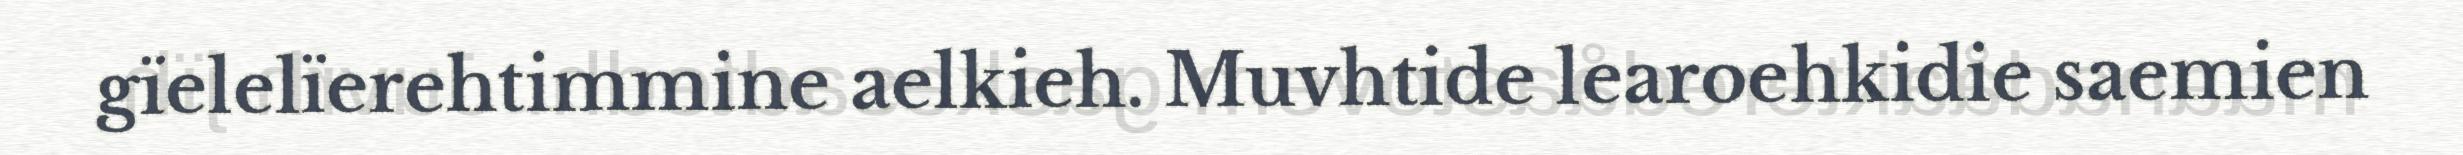
gïelelïerehtimmine aelkieh. Muvhtide learoehkidie saemien